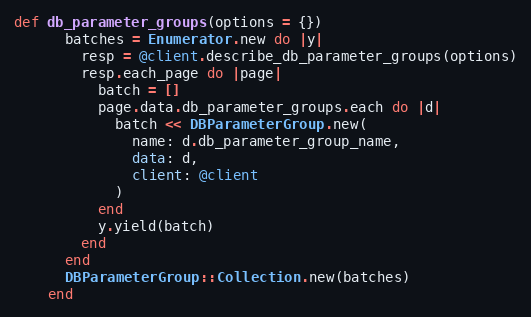
Language: Ruby
def db_parameter_groups(options = {})
      batches = Enumerator.new do |y|
        resp = @client.describe_db_parameter_groups(options)
        resp.each_page do |page|
          batch = []
          page.data.db_parameter_groups.each do |d|
            batch << DBParameterGroup.new(
              name: d.db_parameter_group_name,
              data: d,
              client: @client
            )
          end
          y.yield(batch)
        end
      end
      DBParameterGroup::Collection.new(batches)
    end